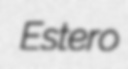
Estero